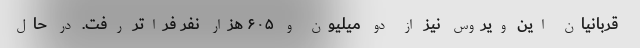
قربانیان این ویروس نیز از دو میلیون و ۶۰۵ هزار نفر فراتر رفت. در حال